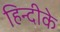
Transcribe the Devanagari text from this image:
हिन्दीके